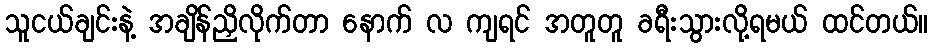
သူငယ်ချင်းနဲ့ အချိန်ညှိလိုက်တာ နောက် လ ကျရင် အတူတူ ခရီးသွားလို့ရမယ် ထင်တယ်။